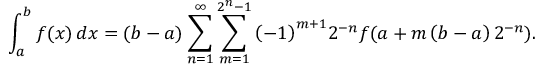
\int _ { a } ^ { b } { f ( x ) \, d x } = ( b - a ) \sum _ { n = 1 } ^ { \infty } { \sum _ { m = 1 } ^ { 2 ^ { n } - 1 } { \left( { - 1 } \right) ^ { m + 1 } } } 2 ^ { - n } f ( a + m \left( { b - a } \right) 2 ^ { - n } ) .